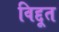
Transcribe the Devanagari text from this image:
विद्दूत